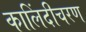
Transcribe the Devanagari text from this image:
कालिंदीचरण